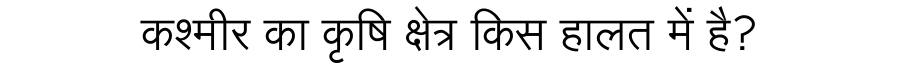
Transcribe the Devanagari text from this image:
कश्मीर का कृषि क्षेत्र किस हालत में है?